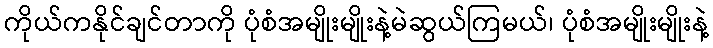
ကိုယ်ကနိုင်ချင်တာကို ပုံစံအမျိုးမျိုးနဲ့မဲဆွယ်ကြမယ်၊ ပုံစံအမျိုးမျိုးနဲ့